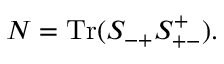
N = \mathrm { T r } ( S _ { - + } S _ { + - } ^ { + } ) .